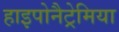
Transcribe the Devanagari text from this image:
हाइपोनैट्रेमिया